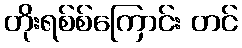
တိုးရစ်စ်ကြောင်း တင်